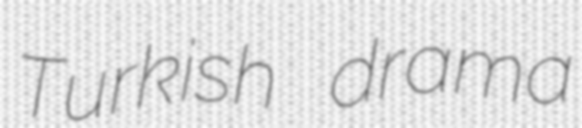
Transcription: Turkish drama